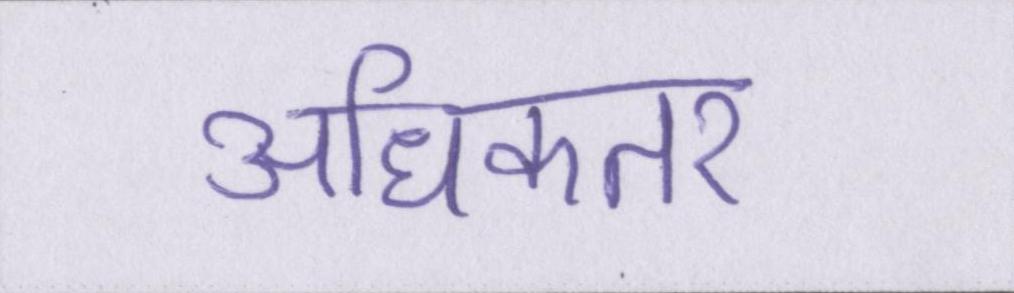
अधिकतर